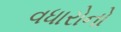
વધારોનો